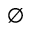
\varnothing